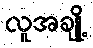
လူအချို့